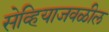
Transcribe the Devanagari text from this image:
सेव्हियाजवळील